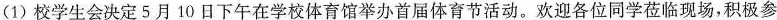
（1）校学生会决定5月10日下午在学校体育馆举办首届体育节活动。欢迎各位同学莅临现场，积极参